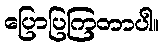
ပြောပြကြတာပါ။